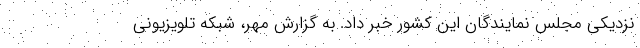
نزدیکی مجلس نمایندگان این کشور خبر داد. به گزارش مهر، شبکه تلویزیونی